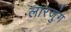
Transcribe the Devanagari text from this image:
लारजुंग